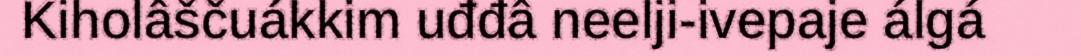
Kiholâščuákkim uđđâ neelji-ivepaje álgá